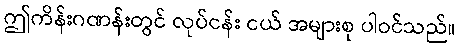
ဤကိန်းဂဏန်းတွင် လုပ်ငန်း ငယ် အများစု ပါဝင်သည်။